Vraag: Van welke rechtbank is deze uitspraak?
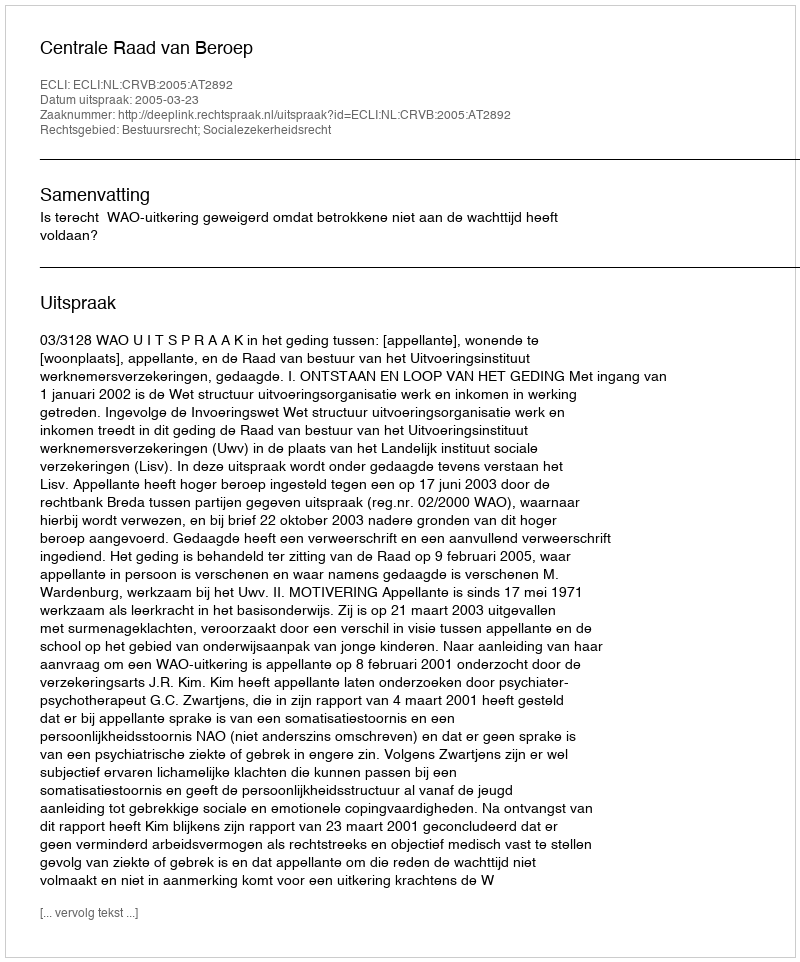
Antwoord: Centrale Raad van Beroep